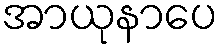
အာယုနာပေ